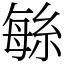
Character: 䋣